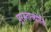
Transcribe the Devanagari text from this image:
पुरस्ताज्योतिः